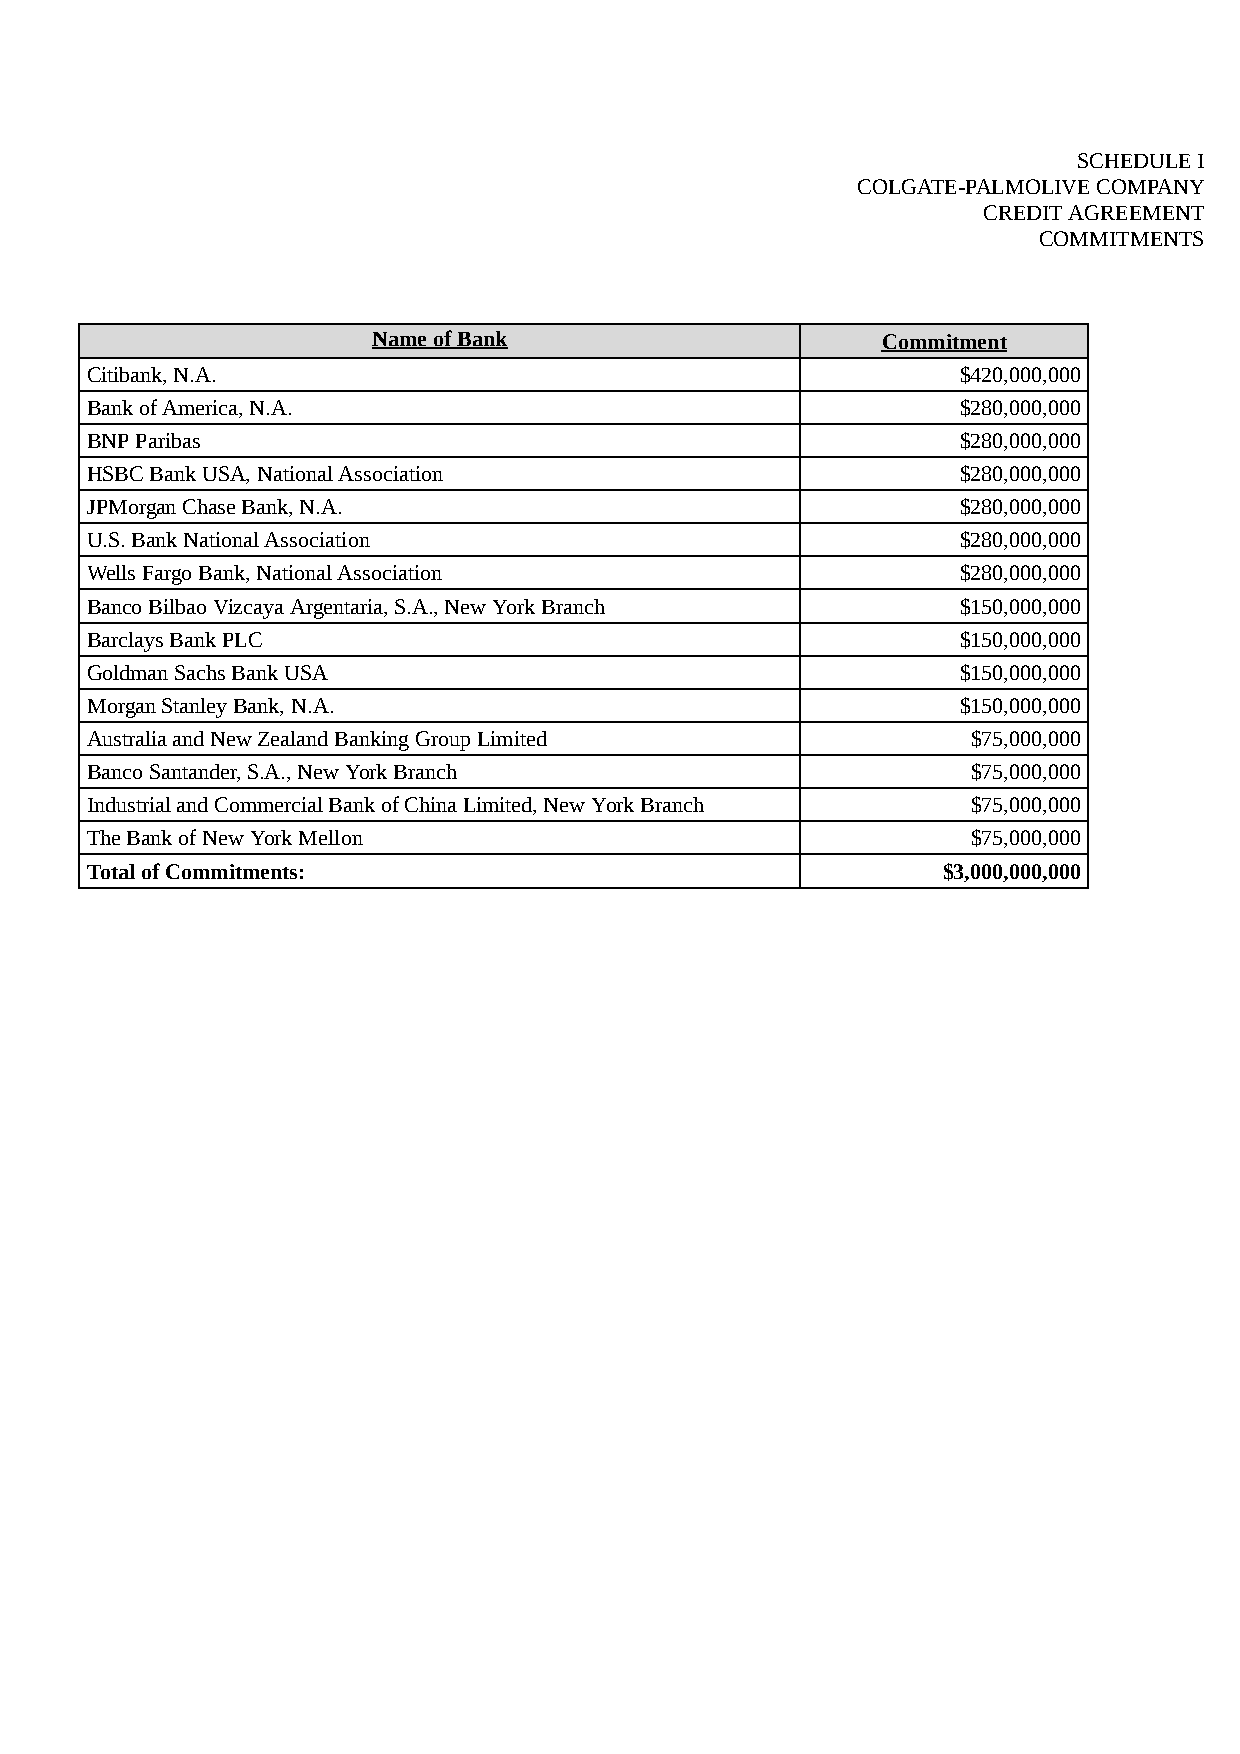
SCHEDULE I
 COLGATE-PALMOLIVE COMPANY
 CREDIT AGREEMENT
 COMMITMENTS
 Name of Bank                     Commitment
 Citibank, N.A.                                            $420,000,000
 Bank of America, N.A.                                     $280,000,000
 BNP Paribas                                               $280,000,000
 HSBC Bank USA, National Association                       $280,000,000
 JPMorgan Chase Bank, N.A.                                 $280,000,000
 U.S. Bank National Association                            $280,000,000
 Wells Fargo Bank, National Association                    $280,000,000
 Banco Bilbao Vizcaya Argentaria, S.A., New York Branch    $150,000,000
 Barclays Bank PLC                                         $150,000,000
 Goldman Sachs Bank USA                                    $150,000,000
 Morgan Stanley Bank, N.A.                                 $150,000,000
 Australia and New Zealand Banking Group Limited           $75,000,000
 Banco Santander, S.A., New York Branch                    $75,000,000
 Industrial and Commercial Bank of China Limited, New York Branch $75,000,000
 The Bank of New York Mellon                               $75,000,000
 Total of Commitments:                                   $3,000,000,000